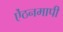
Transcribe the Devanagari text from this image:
ऐंठनमापी